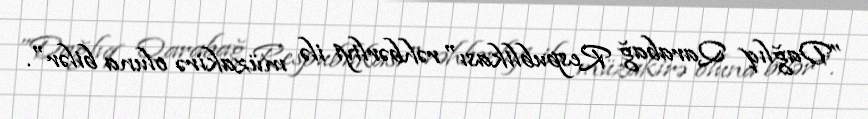
”Dağlıq Qarabağ Respublikası" rəhbərliyi ilə müzakirə oluna bilər".